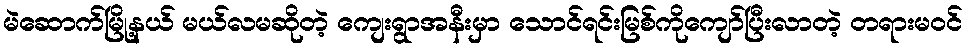
မဲဆောက်မြို့နယ် မယ်လမဆိုတဲ့ ကျေးရွာအနီးမှာ သောင်ရင်းမြစ်ကိုကျော်ပြီးလာတဲ့ တရားမဝင်